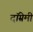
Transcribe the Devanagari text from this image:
दॉम्रेमी